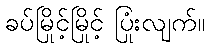
ခပ်မြိုင့်မြိုင့် ပြုံးလျက်။